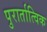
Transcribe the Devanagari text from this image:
पुरार्तात्विक